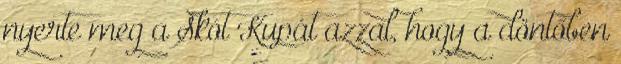
nyerte meg a Skót Kupát azzal, hogy a döntőben